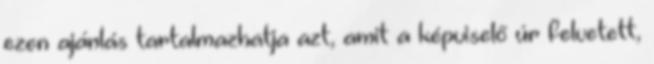
ezen ajánlás tartalmazhatja azt, amit a képviselő úr felvetett,